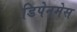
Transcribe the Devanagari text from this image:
डिपेनमेस